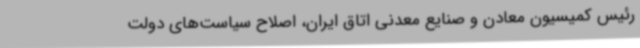
رئیس کمیسیون معادن و صنایع معدنی اتاق ایران، اصلاح سیاست‌های دولت